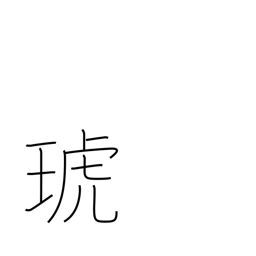
Meaning: jewelled utensil